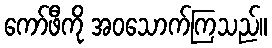
ကော်ဖီကို အဝသောက်ကြသည်။